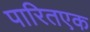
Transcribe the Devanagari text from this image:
पारितएक